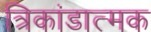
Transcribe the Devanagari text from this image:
त्रिकांडात्मक